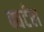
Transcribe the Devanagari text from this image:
क्वर्टल